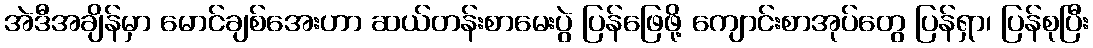
အဲဒီအချိန်မှာ မောင်ချစ်အေးဟာ ဆယ်တန်းစာမေးပွဲ ပြန်ဖြေဖို့ ကျောင်းစာအုပ်တွေ ပြန်ရှာ၊ ပြန်စုပြီး